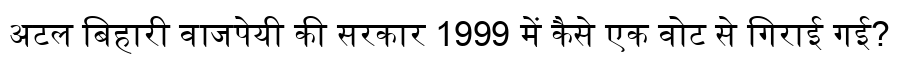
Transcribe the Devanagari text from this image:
अटल बिहारी वाजपेयी की सरकार 1999 में कैसे एक वोट से गिराई गई?